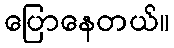
ပြောနေတယ်။